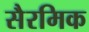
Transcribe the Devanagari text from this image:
सैरमिक